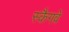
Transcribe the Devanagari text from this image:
स्कैगवे